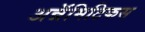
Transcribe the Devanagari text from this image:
अन्नॅमिटिकस